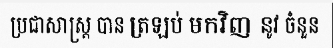
ប្រជាសាស្ត្រ បាន ត្រឡប់ មកវិញ នូវ ចំនួន